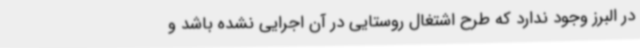
در البرز وجود ندارد که طرح اشتغال روستایی در آن اجرایی نشده باشد و